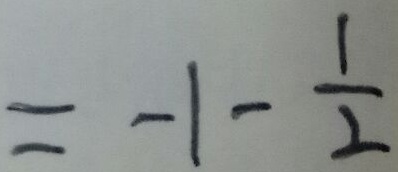
= - 1 - \frac { 1 } { 2 }